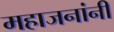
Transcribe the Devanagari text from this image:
महाजनांनी